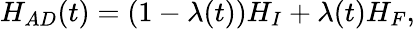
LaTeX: \begin{array}{r}{H_{AD}(t)=(1-\lambda(t))H_{I}+\lambda(t)H_{F},}\end{array}